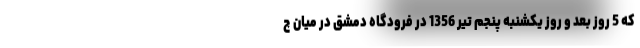
که 5 روز بعد و روز یکشنبه پنجم تیر 1356 در فرودگاه دمشق در میان چ